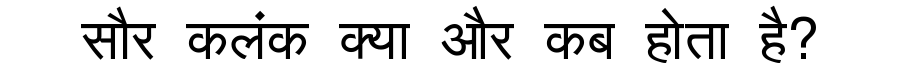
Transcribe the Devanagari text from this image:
सौर कलंक क्या और कब होता है?